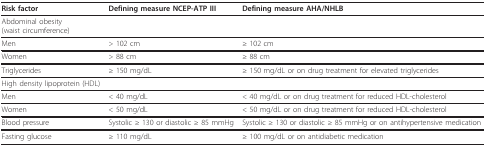
| Risk factor | Defining measure NCEP-ATP III | Defining measure AHA/NHLB |
 | --- | --- | --- |
 | Abdominal obesity(waist circumference) |  |  |
 | Men | > 102 cm | ≥ 102 cm |
 | Women | > 88 cm | ≥ 88 cm |
 | Triglycerides | ≥ 150 mg/dL | ≥ 150 mg/dL or on drug treatment for elevated triglycerides |
 | High density lipoprotein (HDL) |  |  |
 | Men | < 40 mg/dL | < 40 mg/dL or on drug treatment for reduced HDL-cholesterol |
 | Women | < 50 mg/dL | < 50 mg/dL or on drug treatment for reduced HDL-cholesterol |
 | Blood pressure | Systolic ≥ 130 or diastolic ≥ 85 mmHg | Systolic ≥ 130 or diastolic ≥ 85 mmHg or on antihypertensive medication |
 | Fasting glucose | ≥ 110 mg/dL | ≥ 100 mg/dL or on antidiabetic medication |